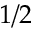
1 / 2